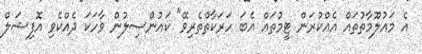
އެ މައުލޫމާތުތައް އެއްކުރަން ޓީމުތައް އެބަ ހަރަކާތްތެރިވޭ" ކައުންސިލުން ވާހަކަ ދެއްކެވި އޮފިޝަލް